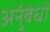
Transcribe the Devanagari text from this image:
अनुंबंधों